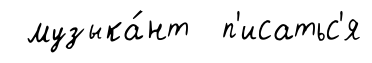
музыка́нт п'исатьс'я